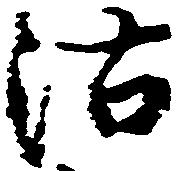
沽